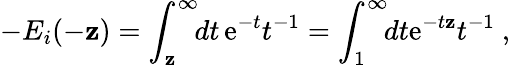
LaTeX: -E_{i}(-\mathbf{z})=\int_{\mathbf{z}}^{\infty}\! \! dt\, {\mathrm{e}}^{-t}t^{-1}=\int_{1}^{\infty}\! \! dt{\mathrm{e}}^{-t\mathbf{z}}t^{-1}\ ,